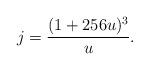
LaTeX: \begin{align*}j= \frac{(1+256u)^3}{u}.\end{align*}